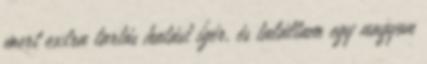
mert extra tartós hatást ígér, és találtam egy nagyon